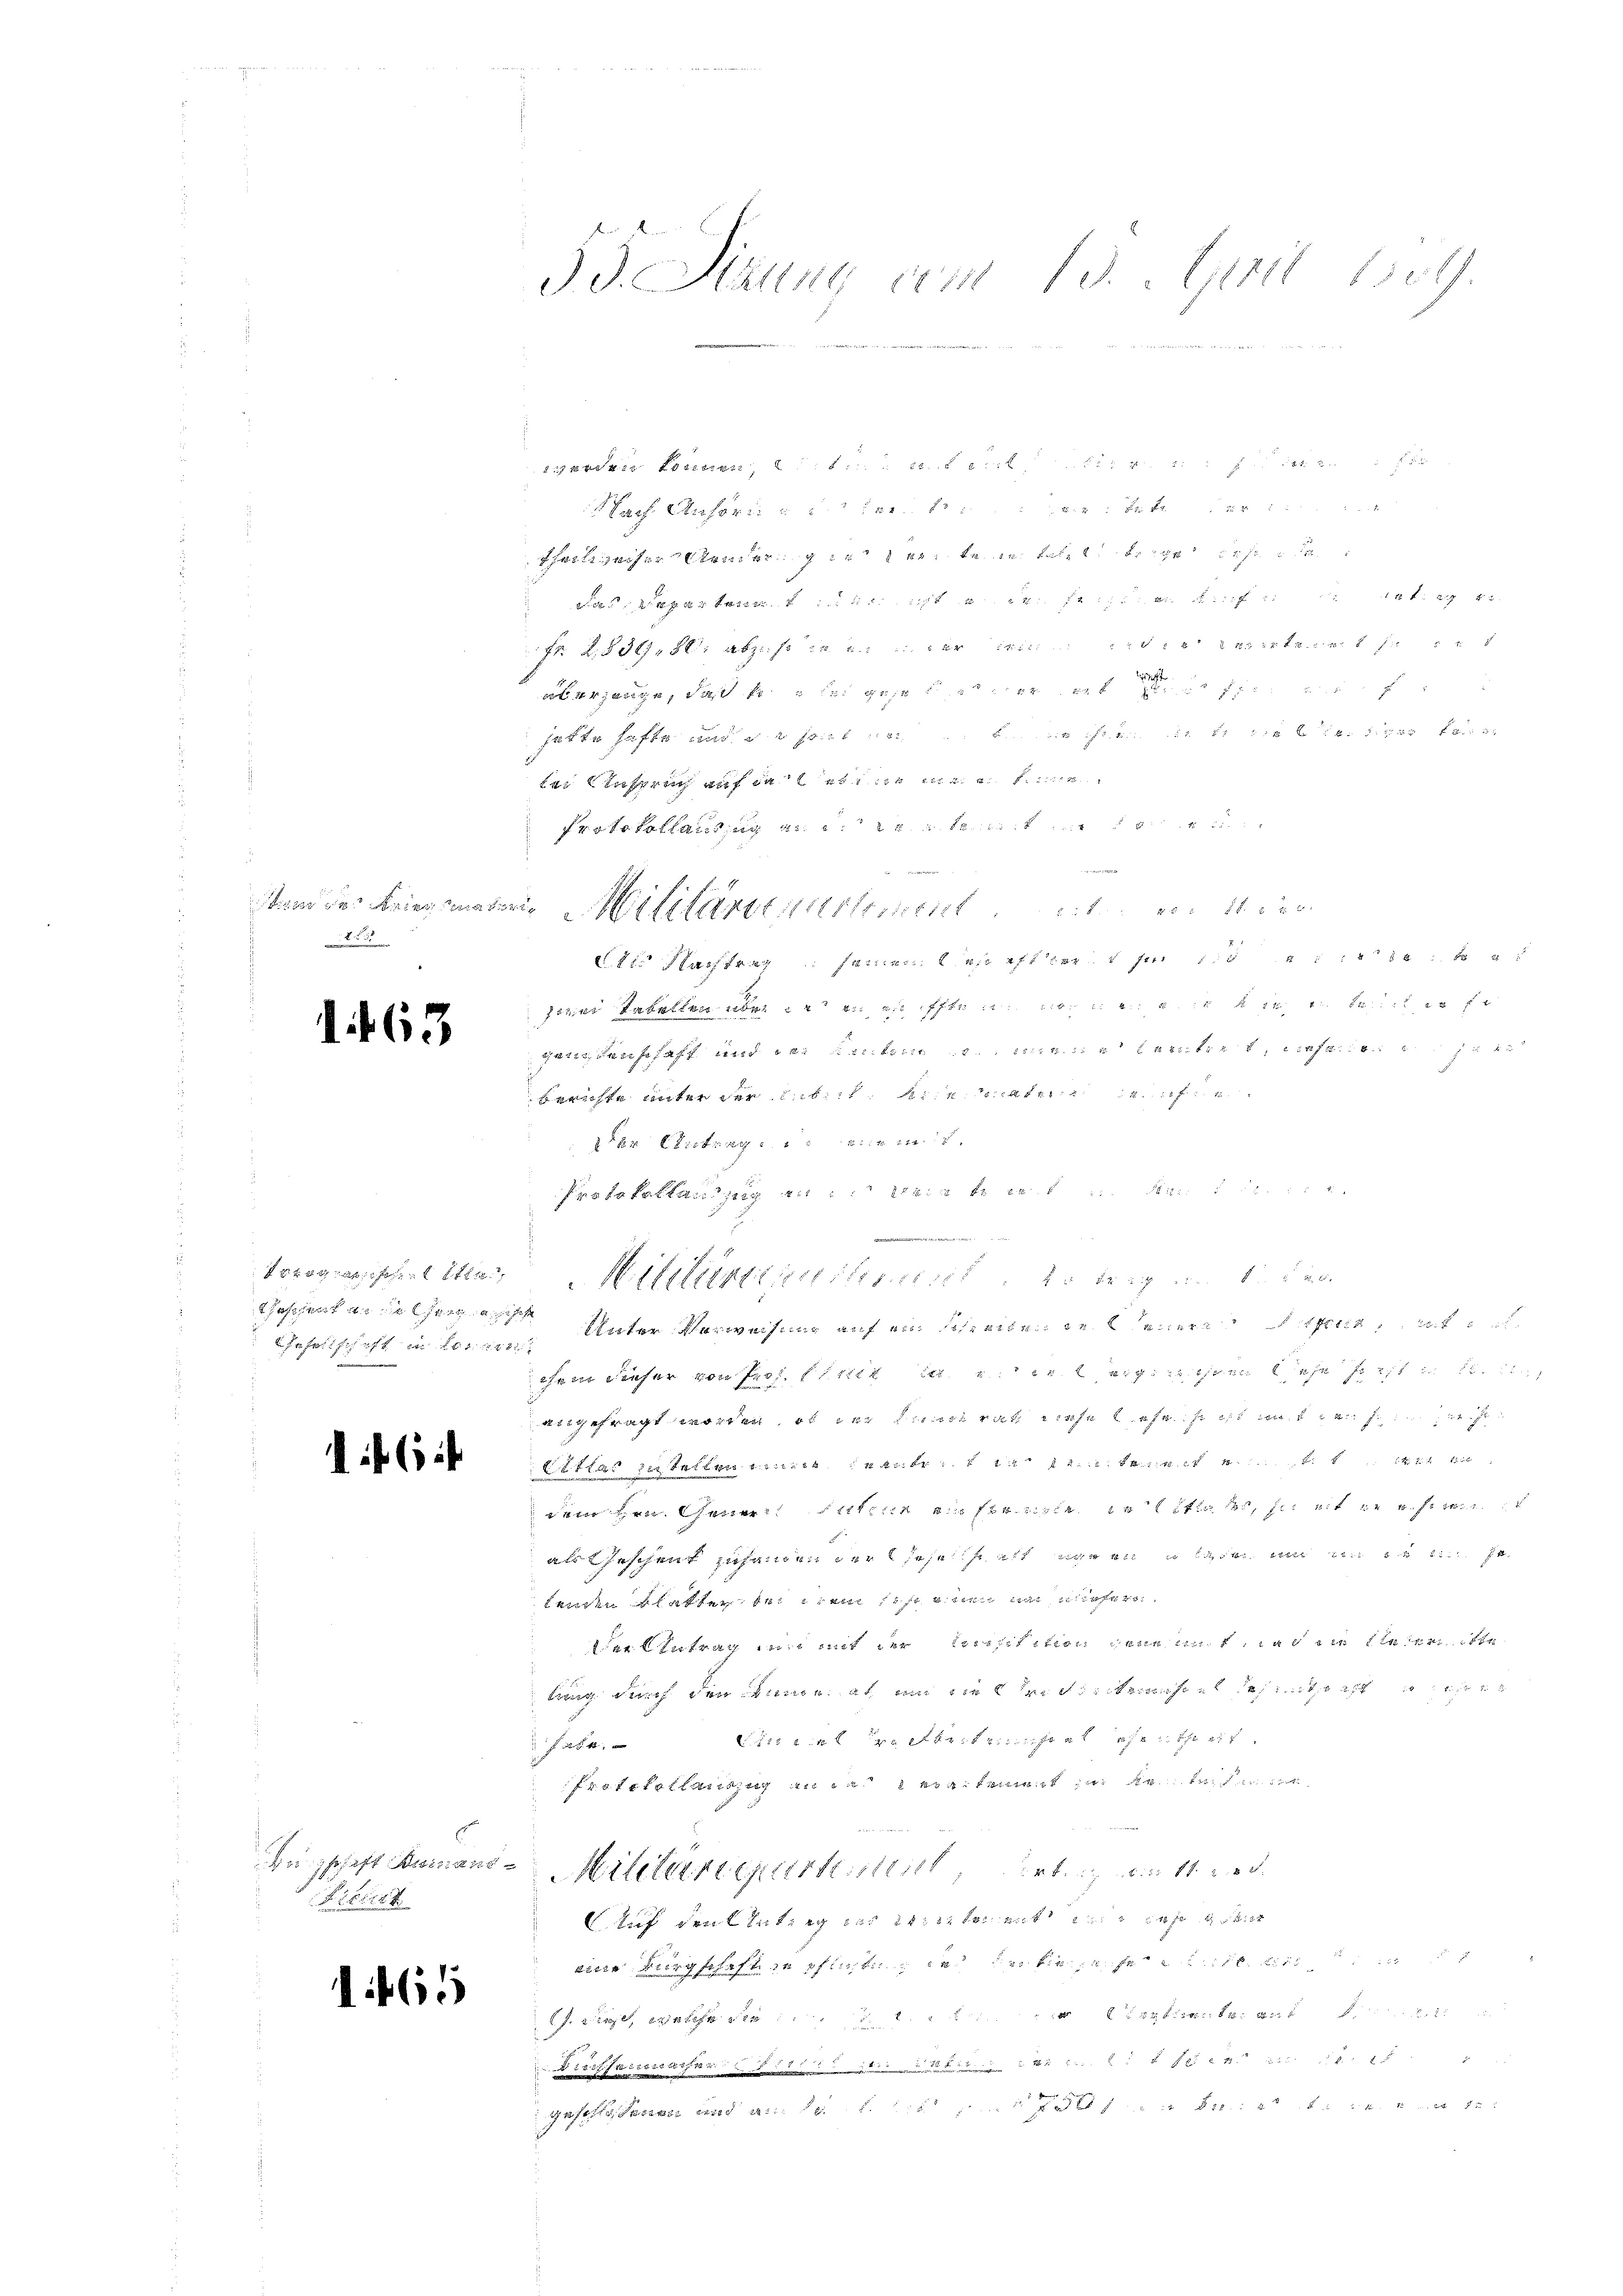
85

Gesellschaft in 200 f 18
.

f 6

Vitritt

1465

Id. Sizung am 15. Juli 1811.

thatsachen seiner in eine
das der den
n theile abzust in der te
ege, die
 hatte haften und es
bei Anspruch auf das eben
eekann
e
1
stand der Krieg mater Militärstiertement de
der Schichtung seien an der
 ebenen
das Gegensenschaft und der Kantone von werin erleitert, nehmen den Herr
Berichte unter der beste
n Eintragen
ree
dinie
Tong Marth erg
haschen an die her Unter Verweisung auf ein Schreiben der enerat
chem dieser von der Elter in eigenen
kingefragt worden, ob der mit Liefe befes ist
oettar zustellen imer entreten a
dem Hrn. Gener sitzer ein stre cette, seit zu s
all gescheit zusammen der diese sicht waren in um
landen Blatter, der drei seinen nach wiefern
Der Eintrag ein mit der Meisitation jene mit, da die siehen
lung durch den mir, et um in lettenheite
t i e des
f 1
Protokollen in in ein kament betre
Bugschaft demand Militärdeparteil, diritt d
Auf den Entzig in Winter mit sehr gest
eine Ringschaft in pflichtung in der tiefe
 welche et a
Drifferstrassen                         25 " "
  und als